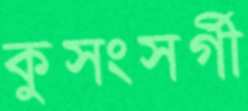
কুসংসর্গী